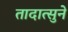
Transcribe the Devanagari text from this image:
तादात्सुने